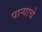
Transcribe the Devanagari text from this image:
पाऱ्याचे